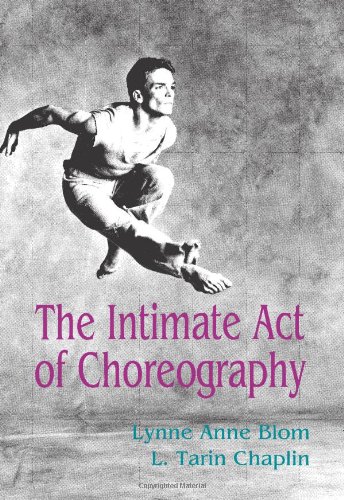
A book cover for The Intimate Act of Choreography; Lynne Anne Blom; Humor & Entertainment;